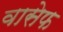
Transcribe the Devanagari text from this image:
वासेफ